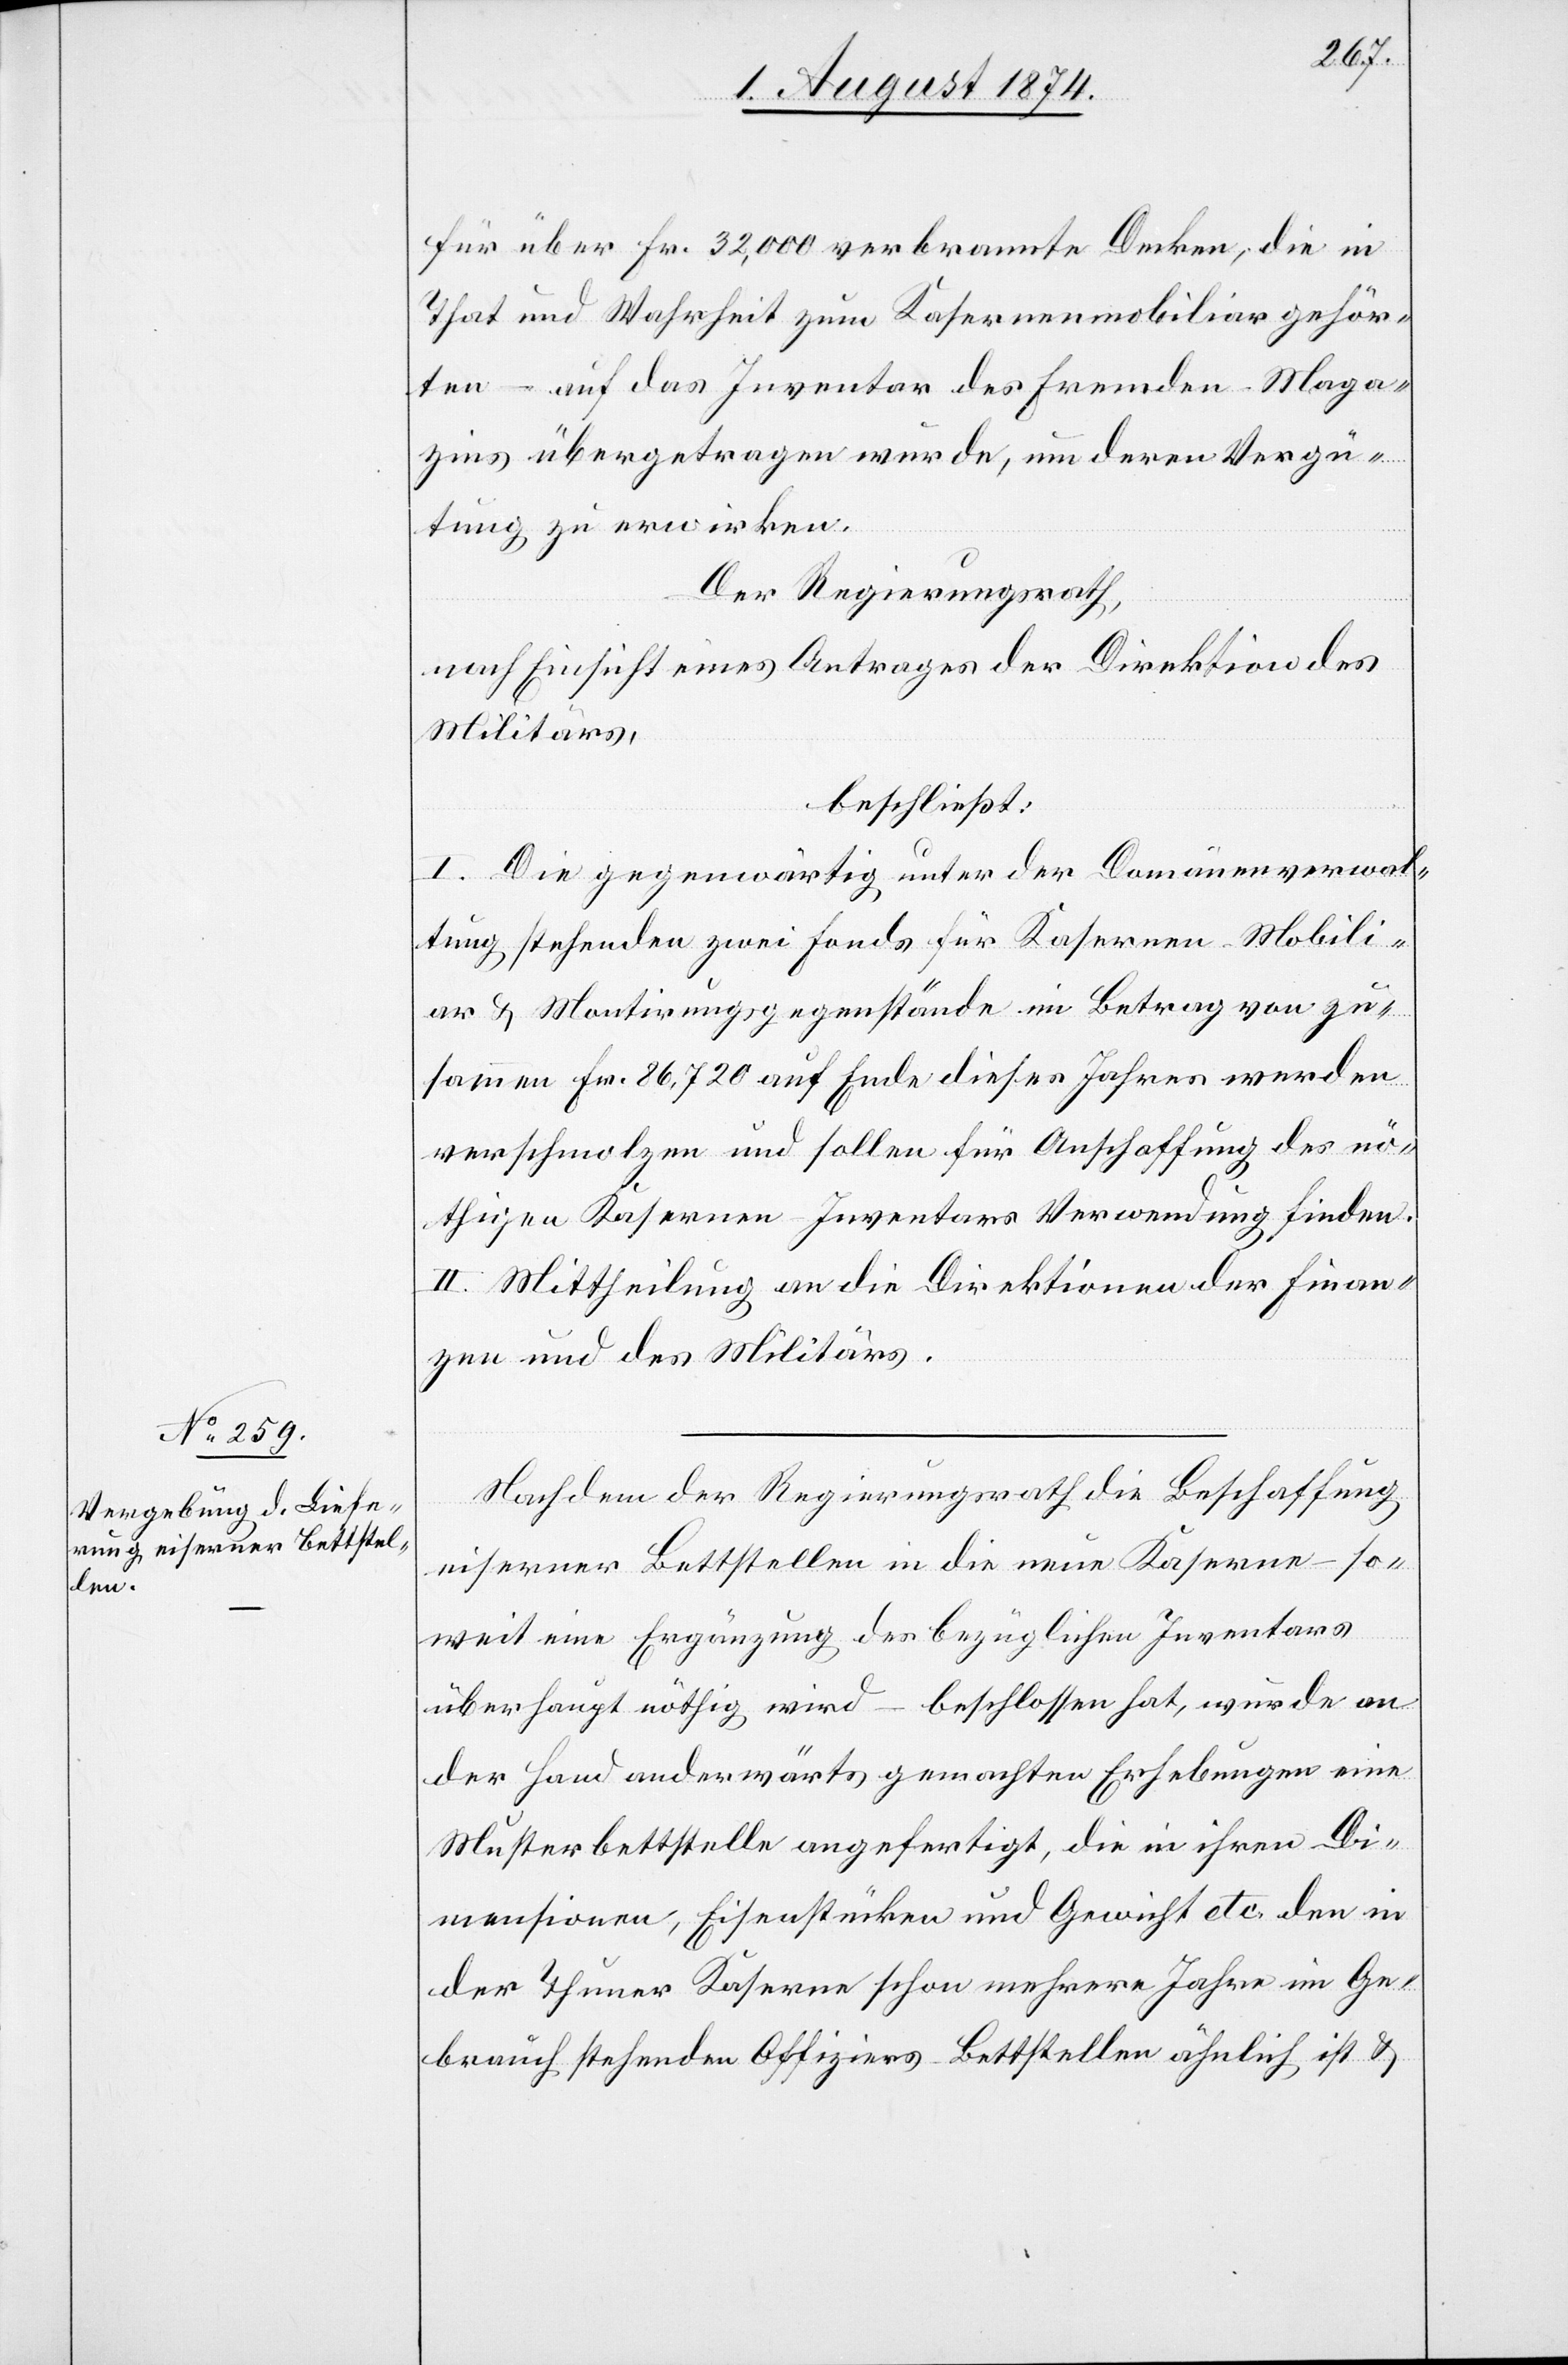
für über Fr. 32,000 verbrannte Decken, die in
That und Wahrheit zum Kasernenmobiliar gehör¬
ten – auf das Inventar des fremden Maga¬
zins übergetragen wurde, um deren Vergü¬
tung zu erwirken.
Der Regierungsrath,
nach Einsicht eines Antrages der Direktion des
Militärs,
beschließt:
I. Die gegenwärtig unter der Domänenverwal¬
tung stehenden zwei Fonds für Kasernen-Mobili¬
ar u. Montirungsgegenstände im Betrag von zu¬
sammen Fr. 86,720 auf Ende dieses Jahres werden
verschmolzen und sollen für Anschaffung des nö¬
thigen Kasernen-Inventars Verwendung finden.
II. Mittheilung an die Direktionen der Finan¬
zen und des Militärs.
Nachdem der Regierungsrath die Beschaffung
eiserner Bettstellen in die neue Kaserne – so¬
weit eine Ergänzung des bezüglichen Inventars
überhaupt nöthig wird – beschlossen hat, wurde an
der Hand anderwärts gemachten Erhebungen eine
Musterbettstelle angefertigt, die in ihren Di¬
mensionen, Eisenstücken und Gewicht etc. den in
der Thuner Kaserne schon mehrere Jahre im Ge¬
brauch stehenden Offiziers-Bettstellen ähnlich ist u.